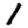
Digit: 1